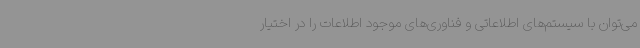
می‌توان با سیستم‌های اطلاعاتی و فناوری‌های موجود اطلاعات را در اختیار